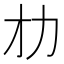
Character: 𠠸